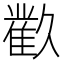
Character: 𲉬